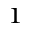
_ 1